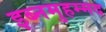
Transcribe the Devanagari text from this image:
इब्नमुहम्मद